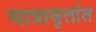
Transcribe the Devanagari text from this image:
यात्रावृतांत